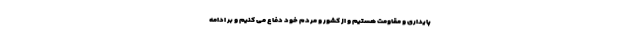
پایداری و مقاومت هستیم و از کشور و مردم خود دفاع می کنیم و بر ادامه